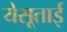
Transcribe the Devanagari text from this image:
येसूताई